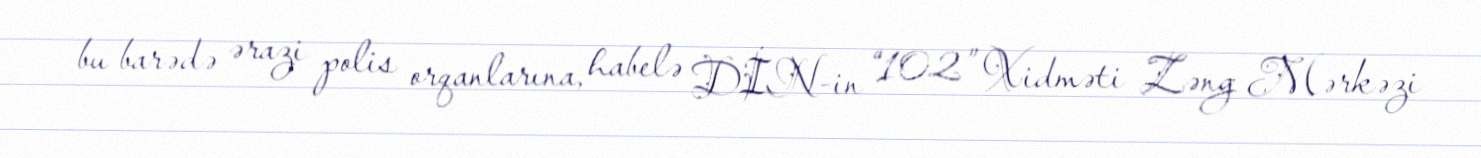
bu barədə ərazi polis orqanlarına, habelə DİN-in “102” Xidməti Zəng Mərkəzi